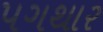
પગથાર